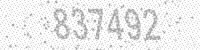
Solution: 837492